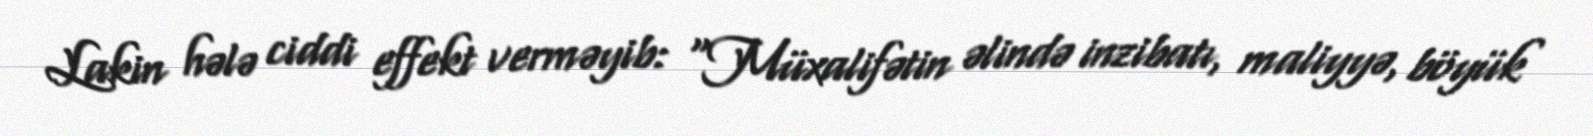
Lakin hələ ciddi effekt verməyib: “Müxalifətin əlində inzibatı, maliyyə, böyük